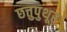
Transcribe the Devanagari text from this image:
छत्तुपुथूर्